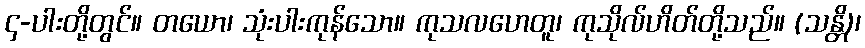
၄-ပါးတို့တွင်။ တယော၊ သုံးပါးကုန်သော။ ကုသလဟေတူ၊ ကုသိုလ်ဟိတ်တို့သည်။ (သန္တိ)၊